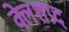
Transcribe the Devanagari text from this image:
क्लेशप्रद